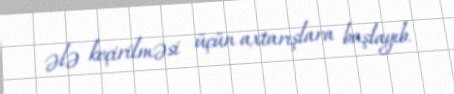
ələ keçirilməsi üçün axtarışlara başlayıb.